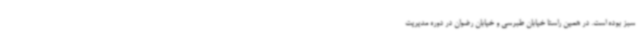
سبز بوده است. در همین راستا خیابان طبرسی و خیابان رضوان در دوره مدیریت